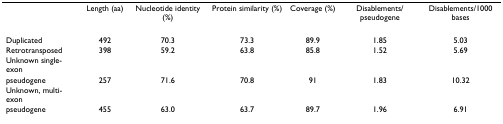
<table><thead><tr><td></td><td><b>Length (aa)</b></td><td><b>Nucleotide identity (%)</b></td><td><b>Protein similarity (%)</b></td><td><b>Coverage (%)</b></td><td><b>Disablements/pseudogene</b></td><td><b>Disablements/1000 bases</b></td></tr></thead><tbody><tr><td>Duplicated</td><td>492</td><td>70.3</td><td>73.3</td><td>89.9</td><td>1.85</td><td>5.03</td></tr><tr><td>Retrotransposed</td><td>398</td><td>59.2</td><td>63.8</td><td>85.8</td><td>1.52</td><td>5.69</td></tr><tr><td>Unknown single-exon</td><td></td><td></td><td></td><td></td><td></td><td></td></tr><tr><td>pseudogene</td><td>257</td><td>71.6</td><td>70.8</td><td>91</td><td>1.83</td><td>10.32</td></tr><tr><td>Unknown, multi-exon</td><td></td><td></td><td></td><td></td><td></td><td></td></tr><tr><td>pseudogene</td><td>455</td><td>63.0</td><td>63.7</td><td>89.7</td><td>1.96</td><td>6.91</td></tr></tbody></table>